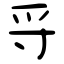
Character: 寽